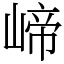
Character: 崹